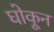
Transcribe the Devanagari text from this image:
घोकून